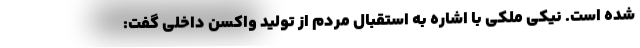
شده است. نیکی ملکی با اشاره به استقبال مردم از تولید واکسن داخلی گفت: